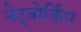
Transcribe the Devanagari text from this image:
नेट्वोर्किंग